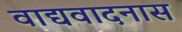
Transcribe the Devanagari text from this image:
वाद्यवादनास